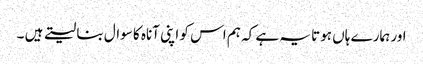
اور ہمارے ہاں ہوتا یہ ہے کہ ہم اس کو اپنی آناہ کا سوال بنا لیتے ہیں ۔